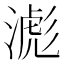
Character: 滮